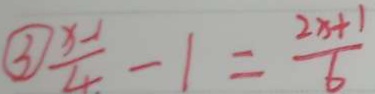
\textcircled { 3 } \frac { x - 1 } { 4 } - 1 = \frac { 2 x + 1 } { 6 }